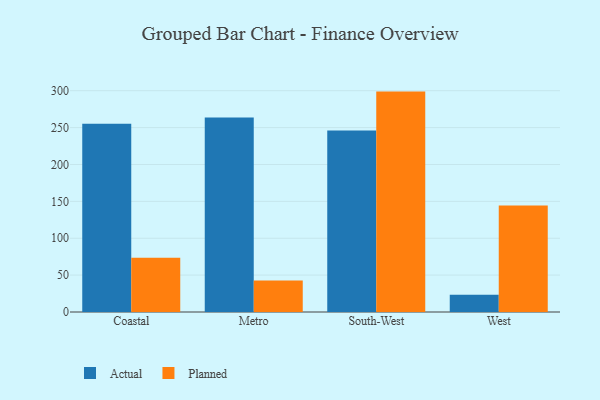
{"axis": {"x": "Region", "y": "Revenue (USD Million)"}, "legend": ["Actual", "Planned"], "data": [{"x": "Coastal", "y": 255.1, "type": "Actual"}, {"x": "Coastal", "y": 73.5, "type": "Planned"}, {"x": "Metro", "y": 263.6, "type": "Actual"}, {"x": "Metro", "y": 42.7, "type": "Planned"}, {"x": "South-West", "y": 245.9, "type": "Actual"}, {"x": "South-West", "y": 298.8, "type": "Planned"}, {"x": "West", "y": 23.3, "type": "Actual"}, {"x": "West", "y": 144.3, "type": "Planned"}]}